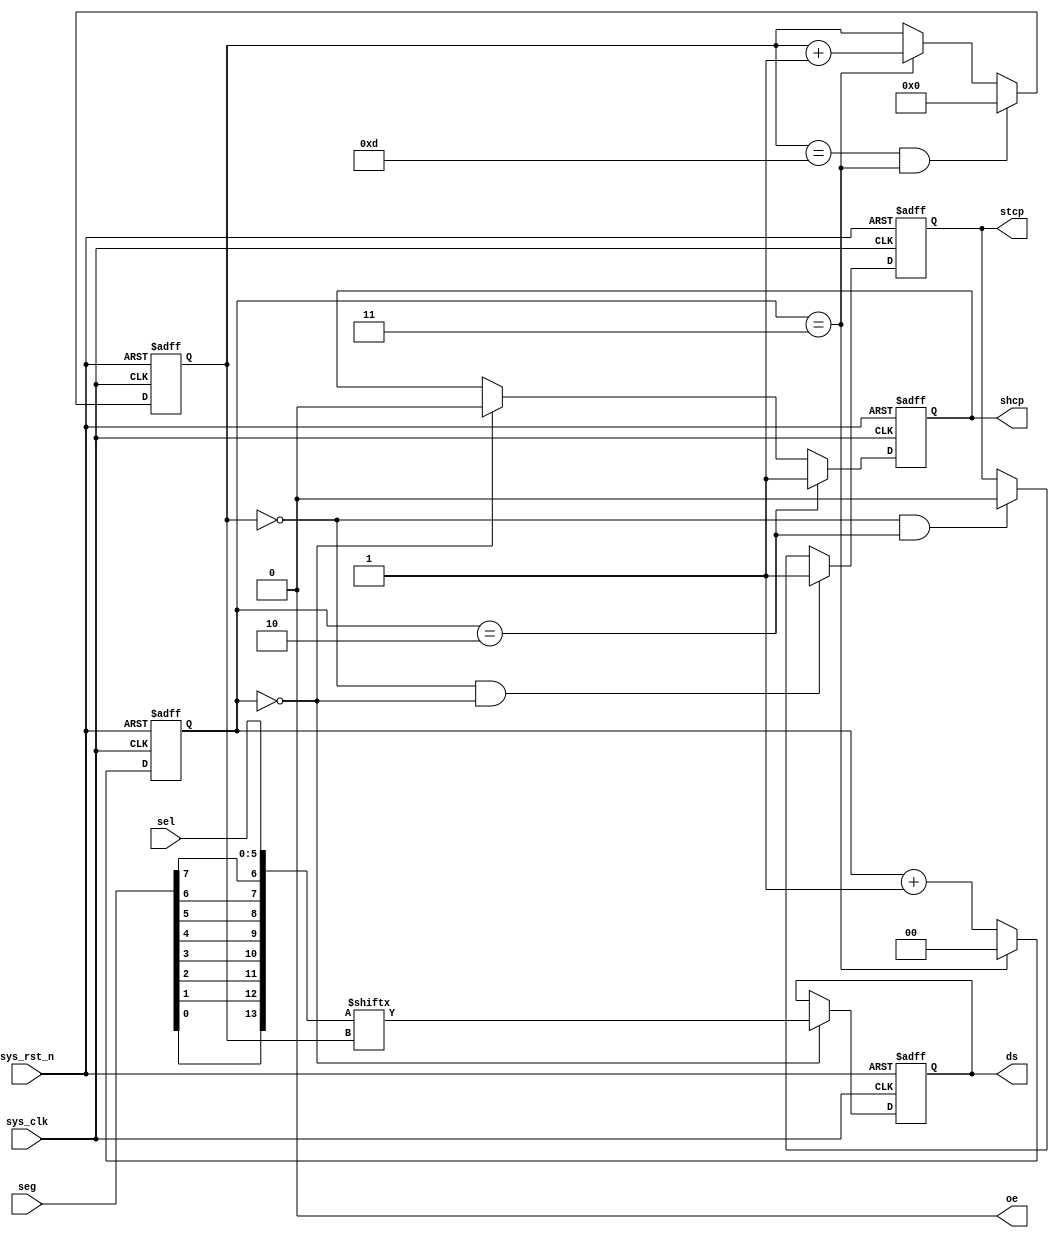
module  hc_595_ctrl
(
    input   wire            sys_clk     ,
    input   wire            sys_rst_n   ,
    input   wire    [5:0]   sel         ,
    input   wire    [7:0]   seg         ,
    
    output  reg             ds          ,
    output  reg             shcp        ,
    output  reg             stcp        ,
    output  wire            oe
);

wire    [13:0]  data    ;
reg     [1:0]   cnt     ;
reg     [3:0]   cnt_bit ;

assign  data = {seg[0], seg[1], seg[2], seg[3], seg[4], seg[5], seg[6], seg[7], sel};

always@(posedge sys_clk or negedge sys_rst_n)
    if(sys_rst_n == 1'b0)
        cnt <= 2'd0;
    else    if(cnt == 2'd3)
        cnt <= 2'd0;
    else
        // cnt <= cnt + 2'd1;
        cnt <= cnt + 1'b1;

always@(posedge sys_clk or negedge sys_rst_n)
    if(sys_rst_n == 1'b0)
        cnt_bit <= 4'd0;
    else    if((cnt_bit == 4'd13) && (cnt == 2'd3))
        cnt_bit <= 4'd0;
    else    if(cnt == 2'd3)
        // cnt_bit <= cnt_bit + 4'd1;
        cnt_bit <= cnt_bit + 1'b1;
    else
        cnt_bit <= cnt_bit;

always@(posedge sys_clk or negedge sys_rst_n)
    if(sys_rst_n == 1'b0)
        ds <= 1'b0;
    else    if(cnt == 2'd0)
        ds <= data[cnt_bit];
    else
        ds <= ds;
  
always@(posedge sys_clk or negedge sys_rst_n)
    if(sys_rst_n == 1'b0)  
        shcp <= 1'b0;
    else    if(cnt == 2'd2)
        shcp <= 1'b1;
    else    if(cnt == 2'd0)
        shcp <= 1'b0;
    else
        shcp <= shcp;
    
always@(posedge sys_clk or negedge sys_rst_n)
    if(sys_rst_n == 1'b0)
        stcp <= 1'b0;
    else    if((cnt_bit == 4'd0) && (cnt == 2'd0))
        stcp <= 1'b1;
    else    if((cnt_bit == 4'd0) && (cnt == 2'd2))
        stcp <= 1'b0;
    else
        stcp <= stcp;

assign  oe = 1'b0;

endmodule